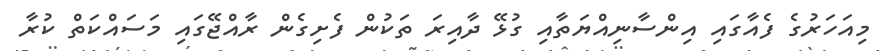
މިއަހަރުގެ ފެއާގައި އިންސާނިއްޔަތާއި ގުޅޭ ދާއިރަ ތަކުން ފެށިގެން ރާއްޖޭގައި މަސައްކަތް ކުރާ